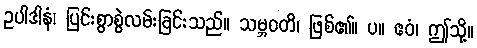
ဥပါဒါနံ၊ ပြင်းစွာစွဲလမ်းခြင်းသည်။ သမ္ဘဝတိ၊ ဖြစ်၏။ ပ။ ဧဝံ၊ ဤသို့။